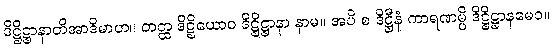
ဒိဋ္ဌိဋ္ဌာနာတိအာဒိမာဟ။ တတ္ထ ဒိဋ္ဌိယောဝ ဒိဋ္ဌိဋ္ဌာနာ နာမ။ အပိ စ ဒိဋ္ဌီနံ ကာရဏမ္ပိ ဒိဋ္ဌိဋ္ဌာနမေဝ။